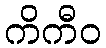
ကိကီဝ